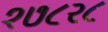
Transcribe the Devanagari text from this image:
१७८२८